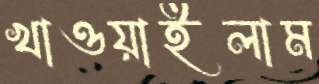
খাওয়াইলাম